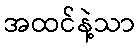
အထင်နဲ့သာ